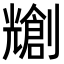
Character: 𫤤